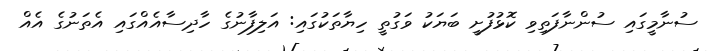
ސުނާމީގައި ސުންނާފަތިވި ކޮޅުފުށީ ބަޔަކު ވަގުތީ ހިޔާތަކުގައި: އަލިފާނުގެ ހާދިސާއެއްގައި އެތަނުގެ އެއް